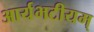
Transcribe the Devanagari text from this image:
आर्यभटीयम्‌